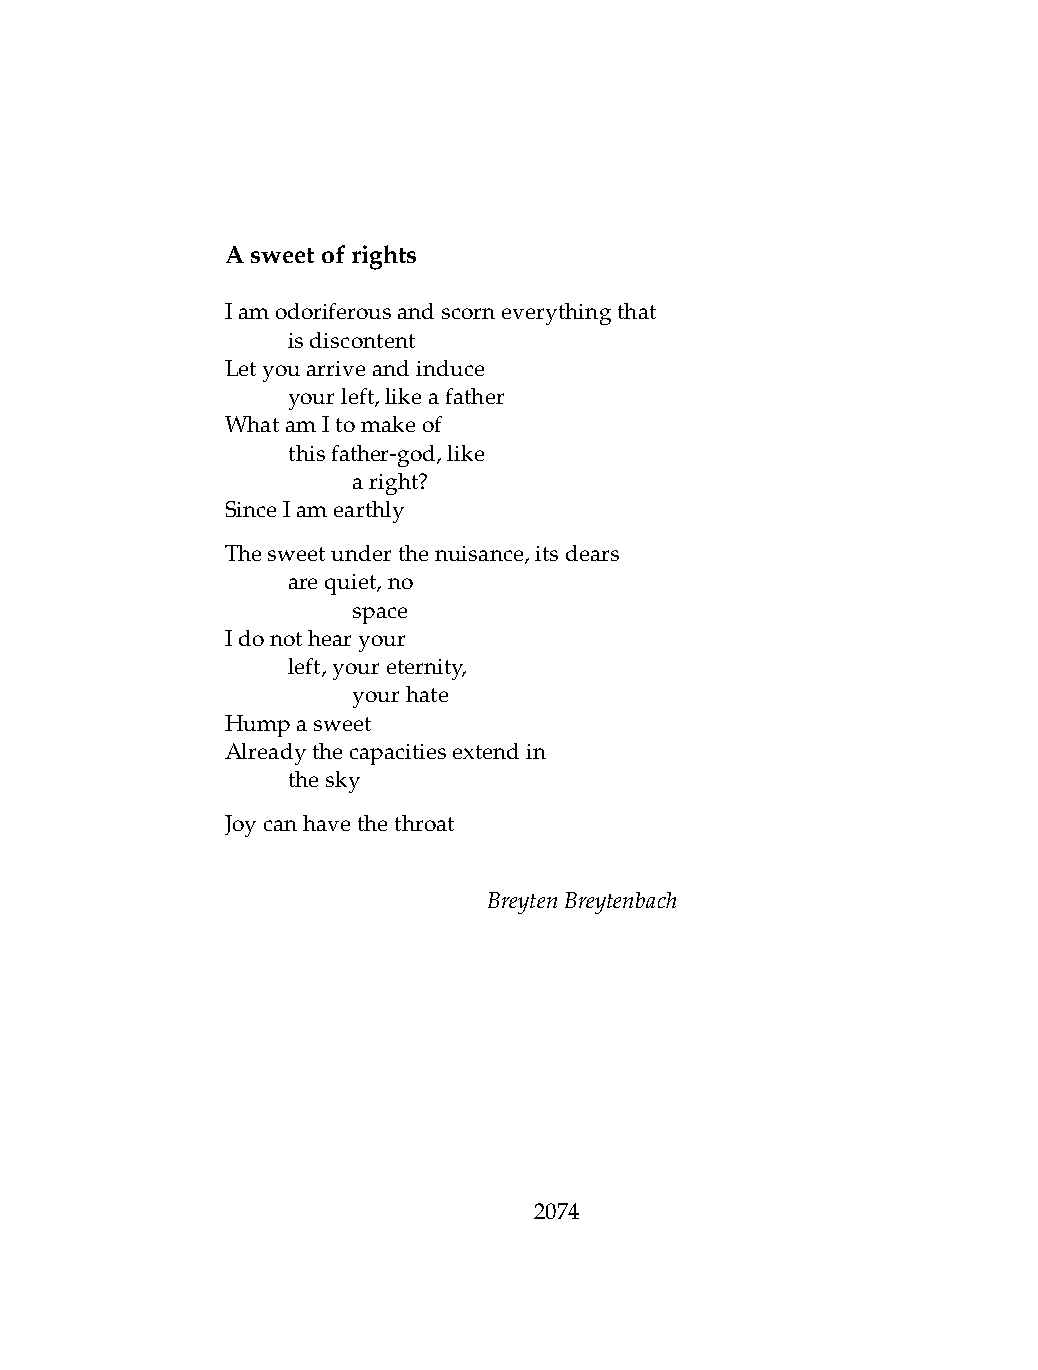
Asweetofrights
 Iamodoriferousandscorneverythingthat
 .   isdiscontent
 Letyouarriveandinduce
 .   yourleft,likeafather
 WhatamItomakeof
 .   thisfather-god,like
 .   .   aright?
 SinceIamearthly
 Thesweetunderthenuisance,itsdears
 .   arequiet,no
 .   .   space
 Idonothearyour
 .   left,youreternity,
 .   .   yourhate
 Humpasweet
 Alreadythecapacitiesextendin
 .   thesky
 Joycanhavethethroat
 BreytenBreytenbach
 2074